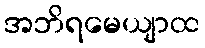
အဘိရမေယျာထ